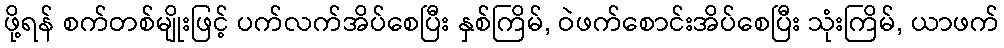
ဖို့ရန် စက်တစ်မျိုးဖြင့် ပက်လက်အိပ်စေပြီး နှစ်ကြိမ်, ဝဲဖက်စောင်းအိပ်စေပြီး သုံးကြိမ်, ယာဖက်